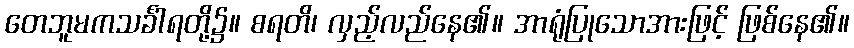
တေဘူမကသင်္ခါရတို့၌။ စရတိ၊ လှည့်လည်နေ၏။ အာရုံပြုသောအားဖြင့် ဖြစ်နေ၏။